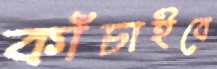
কাঁচাইবে